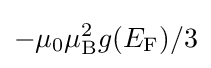
-\mu _{0}\mu _{\rm {B}}^{2}g(E_{\rm {F}})/3